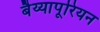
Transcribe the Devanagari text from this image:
बैय्यापूरियन